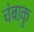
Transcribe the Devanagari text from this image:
चंबाकु